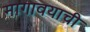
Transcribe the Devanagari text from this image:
मागावयाची